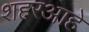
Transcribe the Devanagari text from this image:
शहरआहे